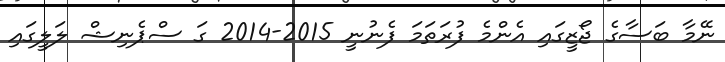
ނޭމާ ބަސާގެ ޖޯޒީގައި އެންމެ ފުރަތަމަ ފެނުނީ 2015-2014 ގަ ސްޕެނިޝް ލަލީގައި